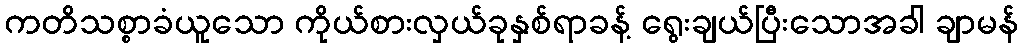
ကတိသစ္စာခံယူသော ကိုယ်စားလှယ်ခုနှစ်ရာခန့် ရွေးချယ်ပြီးသောအခါ ချာမန်